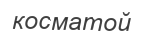
косматой